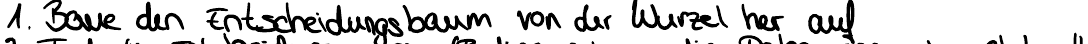
1. Baue den Entscheidungsbaum von der Wurzel her auf